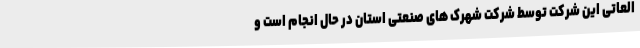
العاتی این شرکت توسط شرکت شهرک های صنعتی استان در حال انجام است و